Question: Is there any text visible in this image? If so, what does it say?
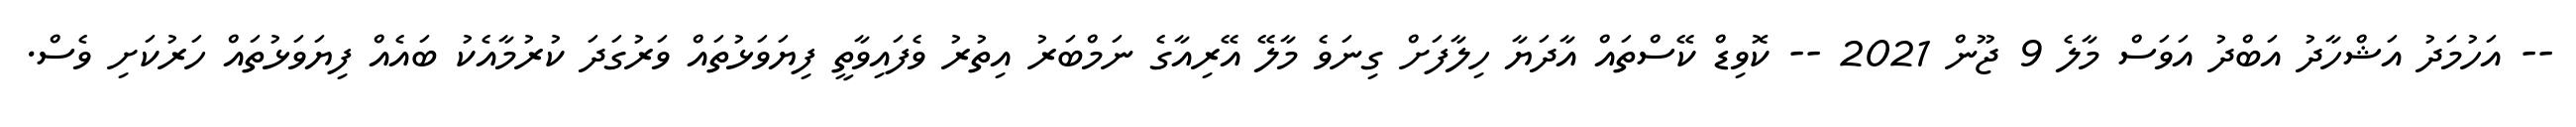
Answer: -- އަހުމަދު އަޝްހާދު އަބްދު އަވަސް މާލެ 9 ޖޫން 2021 -- ކޮވިޑް ކޭސްތައް އާދަޔާ ހިލާފަށް ގިނަވެ މާލޭ އޭރިއާގެ ނަމްބަރު އިތުރު ވެފައިވާތީ ފިޔަވަޅުތައް ވަރުގަދަ ކުރުމާއެކު ބައެއް ފިޔަވަޅުތައް ހަރުކަށި ވެސް.